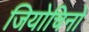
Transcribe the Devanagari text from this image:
जियोचिनो